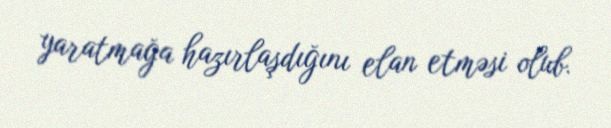
yaratmağa hazırlaşdığını elan etməsi olub.